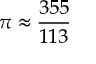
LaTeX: \pi \approx { \frac { 3 5 5 } { 1 1 3 } }